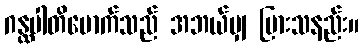
ဂန္ထပါတိမောက်သည် အဘယ်မျှ ပြားသနည်း။